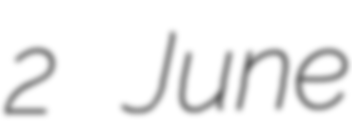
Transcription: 2 June